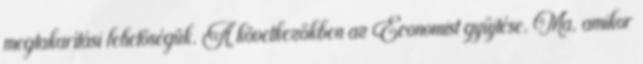
megtakarítási lehetőségük. A következőkben az Economist gyűjtése. Ma, amikor